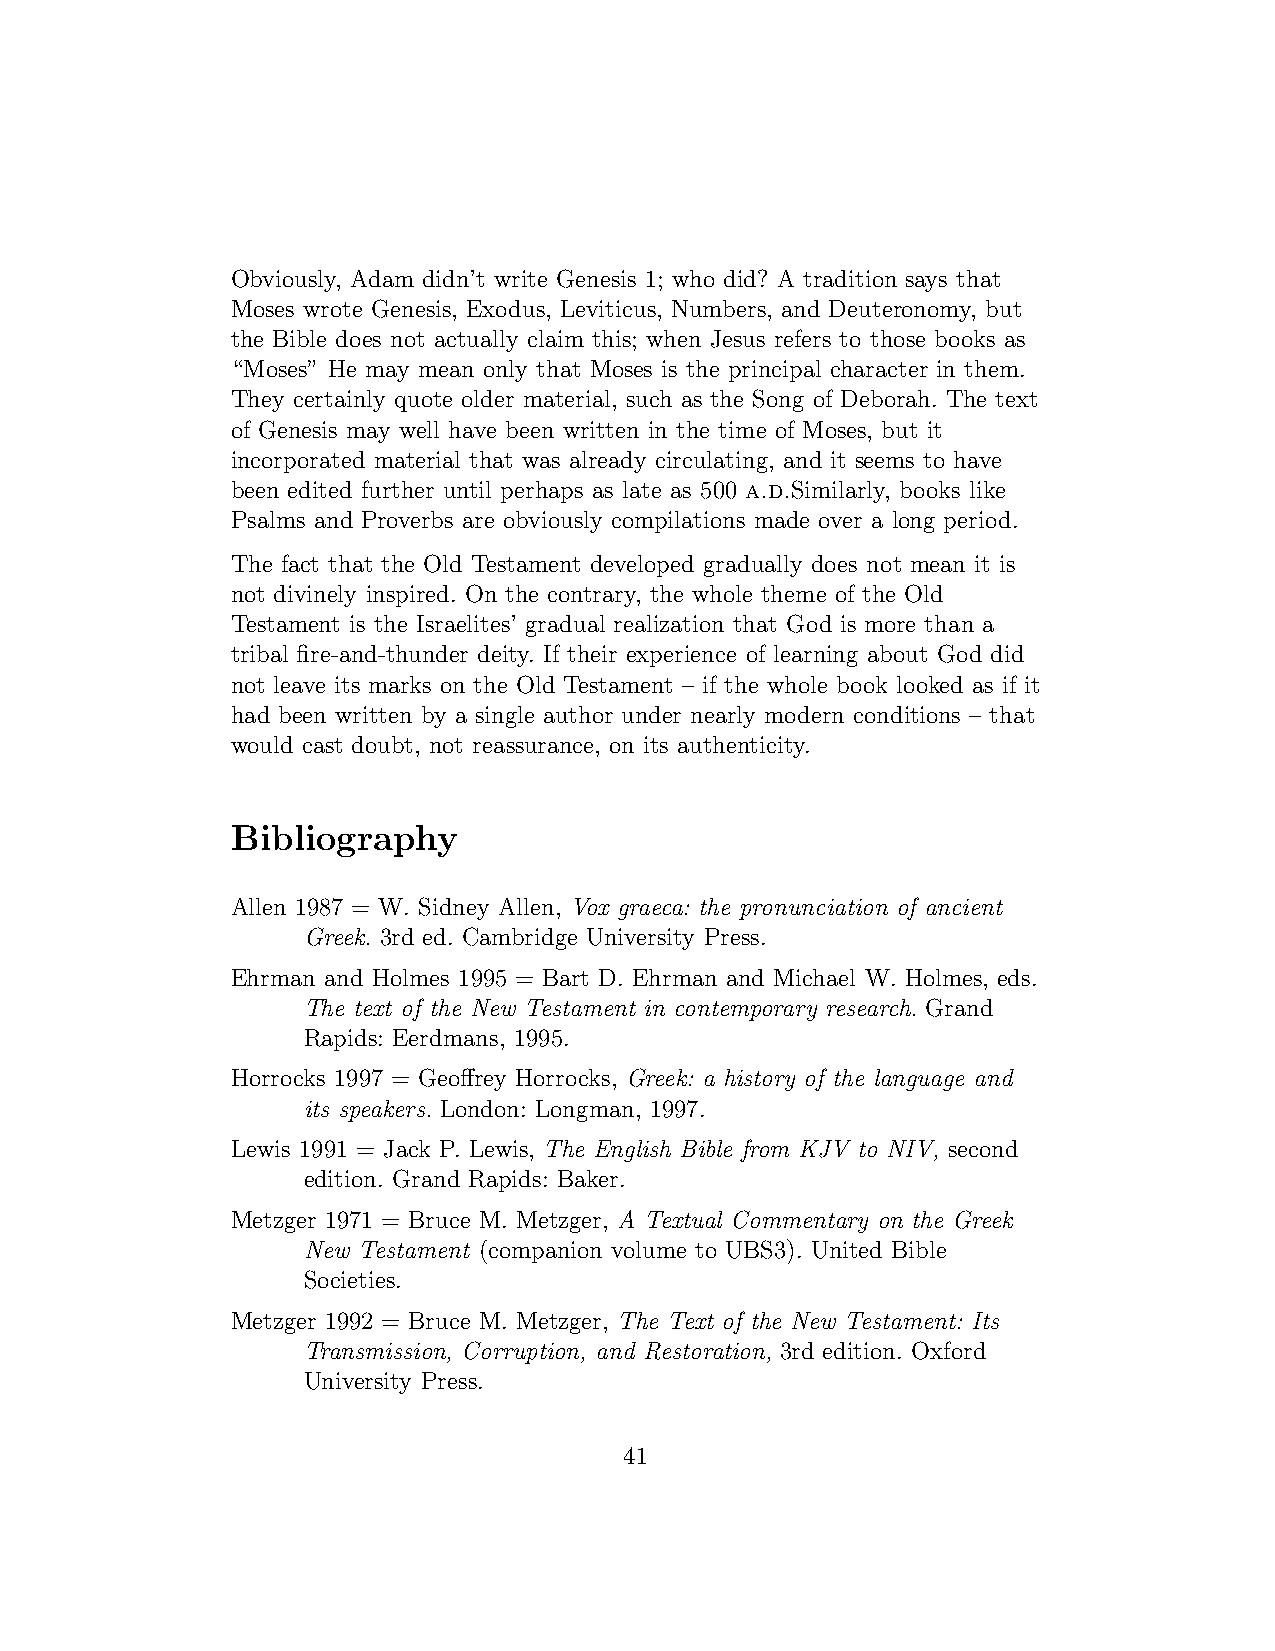
Obviously, Adam didn’t write Genesis 1; who did? A tradition says that
 Moses wrote Genesis, Exodus, Leviticus, Numbers, and Deuteronomy, but
 the Bible does not actually claim this; when Jesus refers to those books as
 “Moses” He may mean only that Moses is the principal character in them.
 They certainly quote older material, such as the Song of Deborah. The text
 of Genesis may well have been written in the time of Moses, but it
 incorporated material that was already circulating, and it seems to have
 been edited further until perhaps as late as 500 a.d.Similarly, books like
 Psalms and Proverbs are obviously compilations made over a long period.
 The fact that the Old Testament developed gradually does not mean it is
 not divinely inspired. On the contrary, the whole theme of the Old
 Testament is the Israelites’ gradual realization that God is more than a
 tribal fire-and-thunder deity. If their experience of learning about God did
 not leave its marks on the Old Testament – if the whole book looked as if it
 had been written by a single author under nearly modern conditions – that
 would cast doubt, not reassurance, on its authenticity.
 Bibliography
 Allen 1987 = W. Sidney Allen, Vox graeca: the pronunciation of ancient
 Greek. 3rd ed. Cambridge University Press.
 Ehrman and Holmes 1995 = Bart D. Ehrman and Michael W. Holmes, eds.
 The text of the New Testament in contemporary research. Grand
 Rapids: Eerdmans, 1995.
 Horrocks 1997 = Geoffrey Horrocks, Greek: a history of the language and
 its speakers. London: Longman, 1997.
 Lewis 1991 = Jack P. Lewis, The English Bible from KJV to NIV, second
 edition. Grand Rapids: Baker.
 Metzger 1971 = Bruce M. Metzger, A Textual Commentary on the Greek
 New Testament (companion volume to UBS3). United Bible
 Societies.
 Metzger 1992 = Bruce M. Metzger, The Text of the New Testament: Its
 Transmission, Corruption, and Restoration, 3rd edition. Oxford
 University Press.
 41